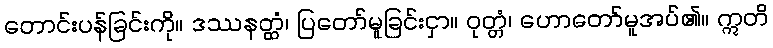
တောင်းပန်ခြင်းကို။ ဒဿနတ္ထံ၊ ပြတော်မူခြင်းငှာ။ ဝုတ္တံ၊ ဟောတော်မူအပ်၏။ ဣတိ